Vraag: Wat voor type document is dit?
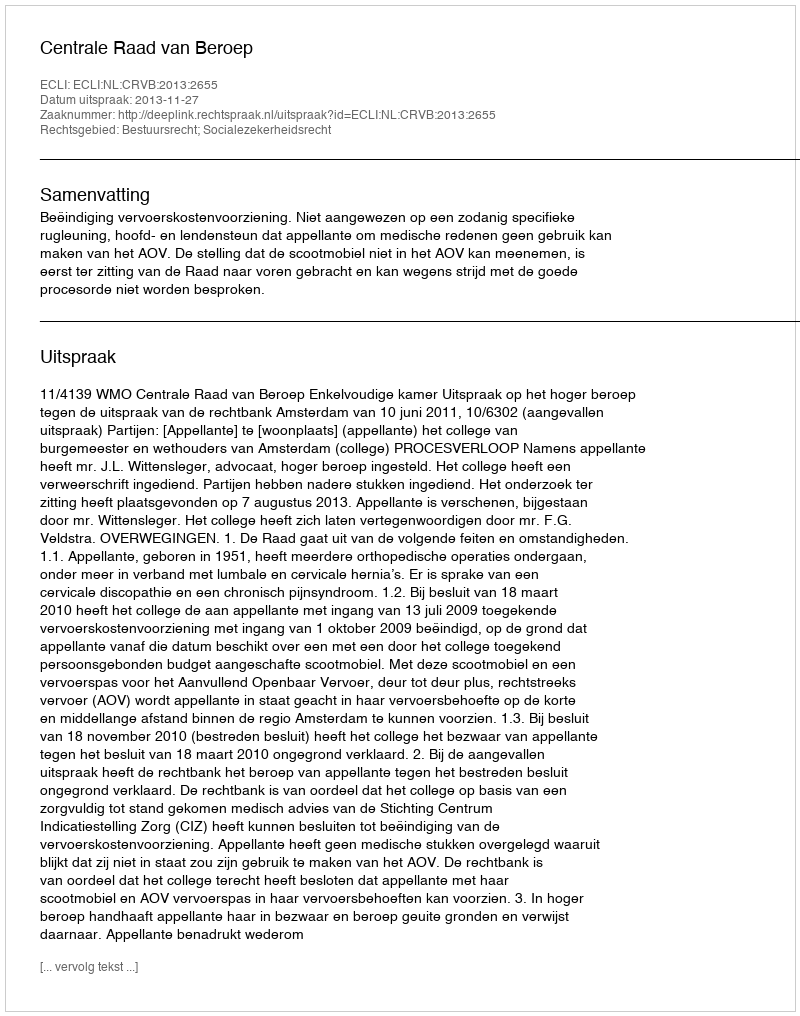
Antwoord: Uitspraak